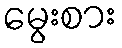
မွေးစား